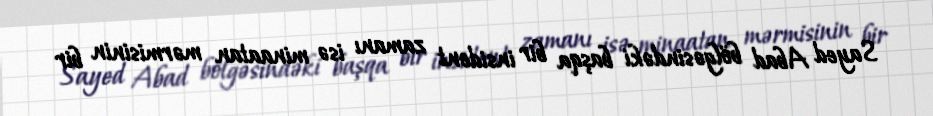
Sayed Abad bölgəsindəki başqa bir insident zamanı isə minaatan mərmisinin bir